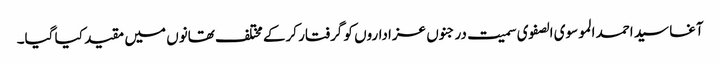
آغا سید احمد الموسوی الصفوی سمیت درجنوں عزاداروں کو گرفتار کرکے مختلف تھانوں میں مقید کیا گیا۔